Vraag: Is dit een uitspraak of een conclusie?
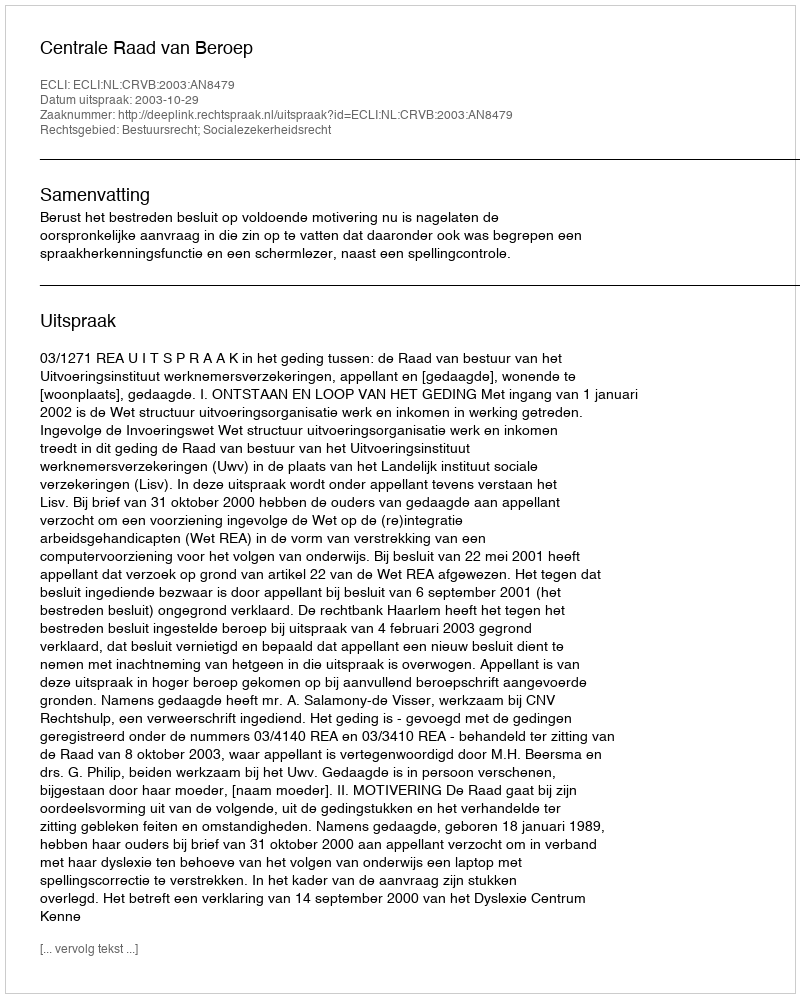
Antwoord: Uitspraak